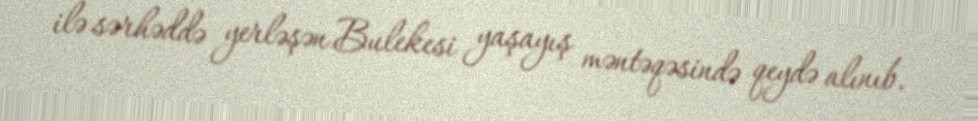
ilə sərhəddə yerləşən Bulekesi yaşayış məntəqəsində qeydə alınıb.